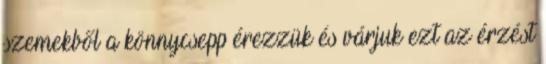
szemekből a könnycsepp érezzük és várjuk ezt az érzést